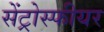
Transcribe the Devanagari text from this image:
सेंट्रोस्फीयर